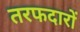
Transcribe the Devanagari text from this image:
तरफदारों